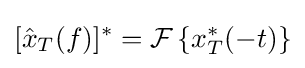
[{\hat {x}}_{T}(f)]^{*}={\mathcal {F}}\left\{x_{T}^{*}(-t)\right\}